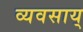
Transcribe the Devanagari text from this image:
व्यवसाय्